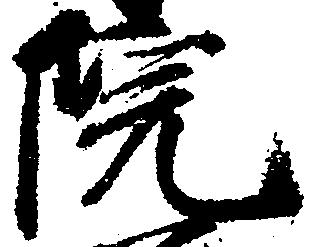
院